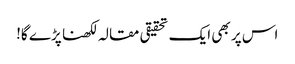
اس پر بھی ایک تحقیقی مقالہ لکھنا پڑے گا!